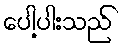
ပေါ့ပါးသည်